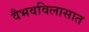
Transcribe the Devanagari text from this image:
वैभवविलासात